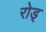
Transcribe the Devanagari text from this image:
रोड्